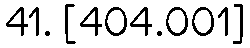
41. [404.001]